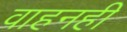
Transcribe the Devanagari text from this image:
वाहनही